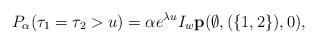
LaTeX: \begin{align*}P_\alpha( \tau_1 = \tau_2 > u) = \alpha e^{\lambda u} I_{w}{\bf p}(\emptyset, (\{1,2\}), 0),\end{align*}